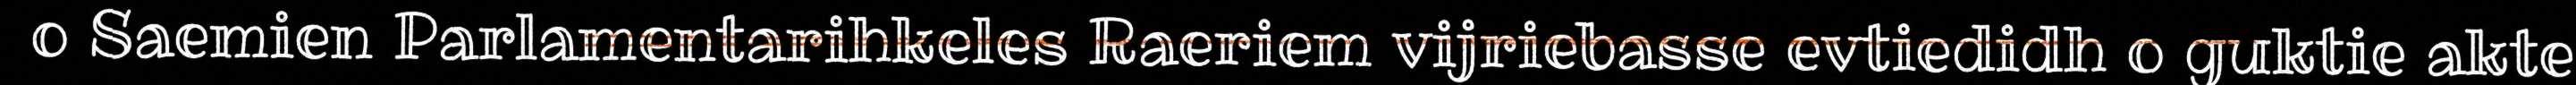
o Saemien Parlamentarihkeles Raeriem vijriebasse evtiedidh o guktie akte